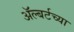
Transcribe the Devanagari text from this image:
ॲल्बर्टच्या